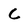
Character: C